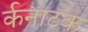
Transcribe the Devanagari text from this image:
र्कनाटक